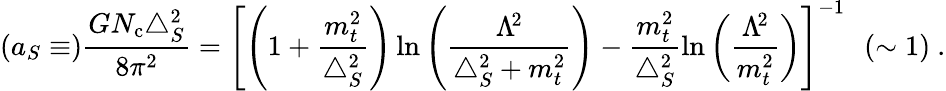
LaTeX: \left(a_{S}\equiv\right)\frac{GN_{\mathrm{c}}{\triangle}_{S}^{2}}{8{\pi}^{2}}=\left[\left(1+\frac{m_{t}^{2}}{{\triangle}_{S}^{2}}\right)\ln\left(\frac{{\Lambda}^{\! 2}}{{\triangle}_{S}^{2}+m_{t}^{2}}\right)-\frac{m_{t}^{2}}{{\triangle}_{S}^{2}}\ln\left(\frac{{\Lambda}^{\! 2}}{m_{t}^{2}}\right)\right]^{-1}\ \ \left(\sim 1\right)\ .